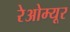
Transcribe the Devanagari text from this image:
रेओम्यूर